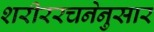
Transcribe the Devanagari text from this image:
शरीररचनेनुसार